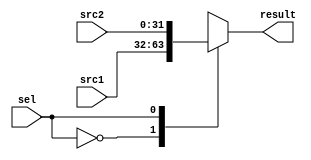
`timescale 1ns / 1ps
//////////////////////////////////////////////////////////////////////////////////
// Company: 
// Engineer: 
// 
// Design Name: 
// Module Name:    mux2_1 
// Project Name: 
// Target Devices: 
// Tool versions: 
// Description: 
//
// Dependencies: 
//
// Revision: 
// Revision 0.01 - File Created
// Additional Comments: 
//
//////////////////////////////////////////////////////////////////////////////////
module mux2_1(src1,src2,sel,result);
	parameter N = 32;
	input [N-1:0] src1,src2;
	input sel;
	output reg [N-1:0] result;
	
	always @(sel,src1,src2) begin
		case (sel)
			1'b0: result = src1;
			1'b1: result = src2;
		endcase
	end
endmodule